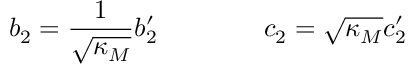
b _ { 2 } = \frac { 1 } { \sqrt { \kappa _ { M } } } b _ { 2 } ^ { \prime } \qquad \qquad c _ { 2 } = \sqrt { \kappa _ { M } } c _ { 2 } ^ { \prime }